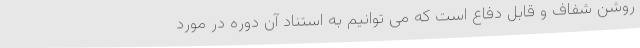
روشن شفاف و قابل دفاع است که می توانیم به استناد آن دوره در مورد